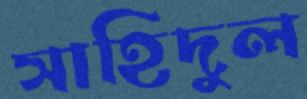
সাহিদুল